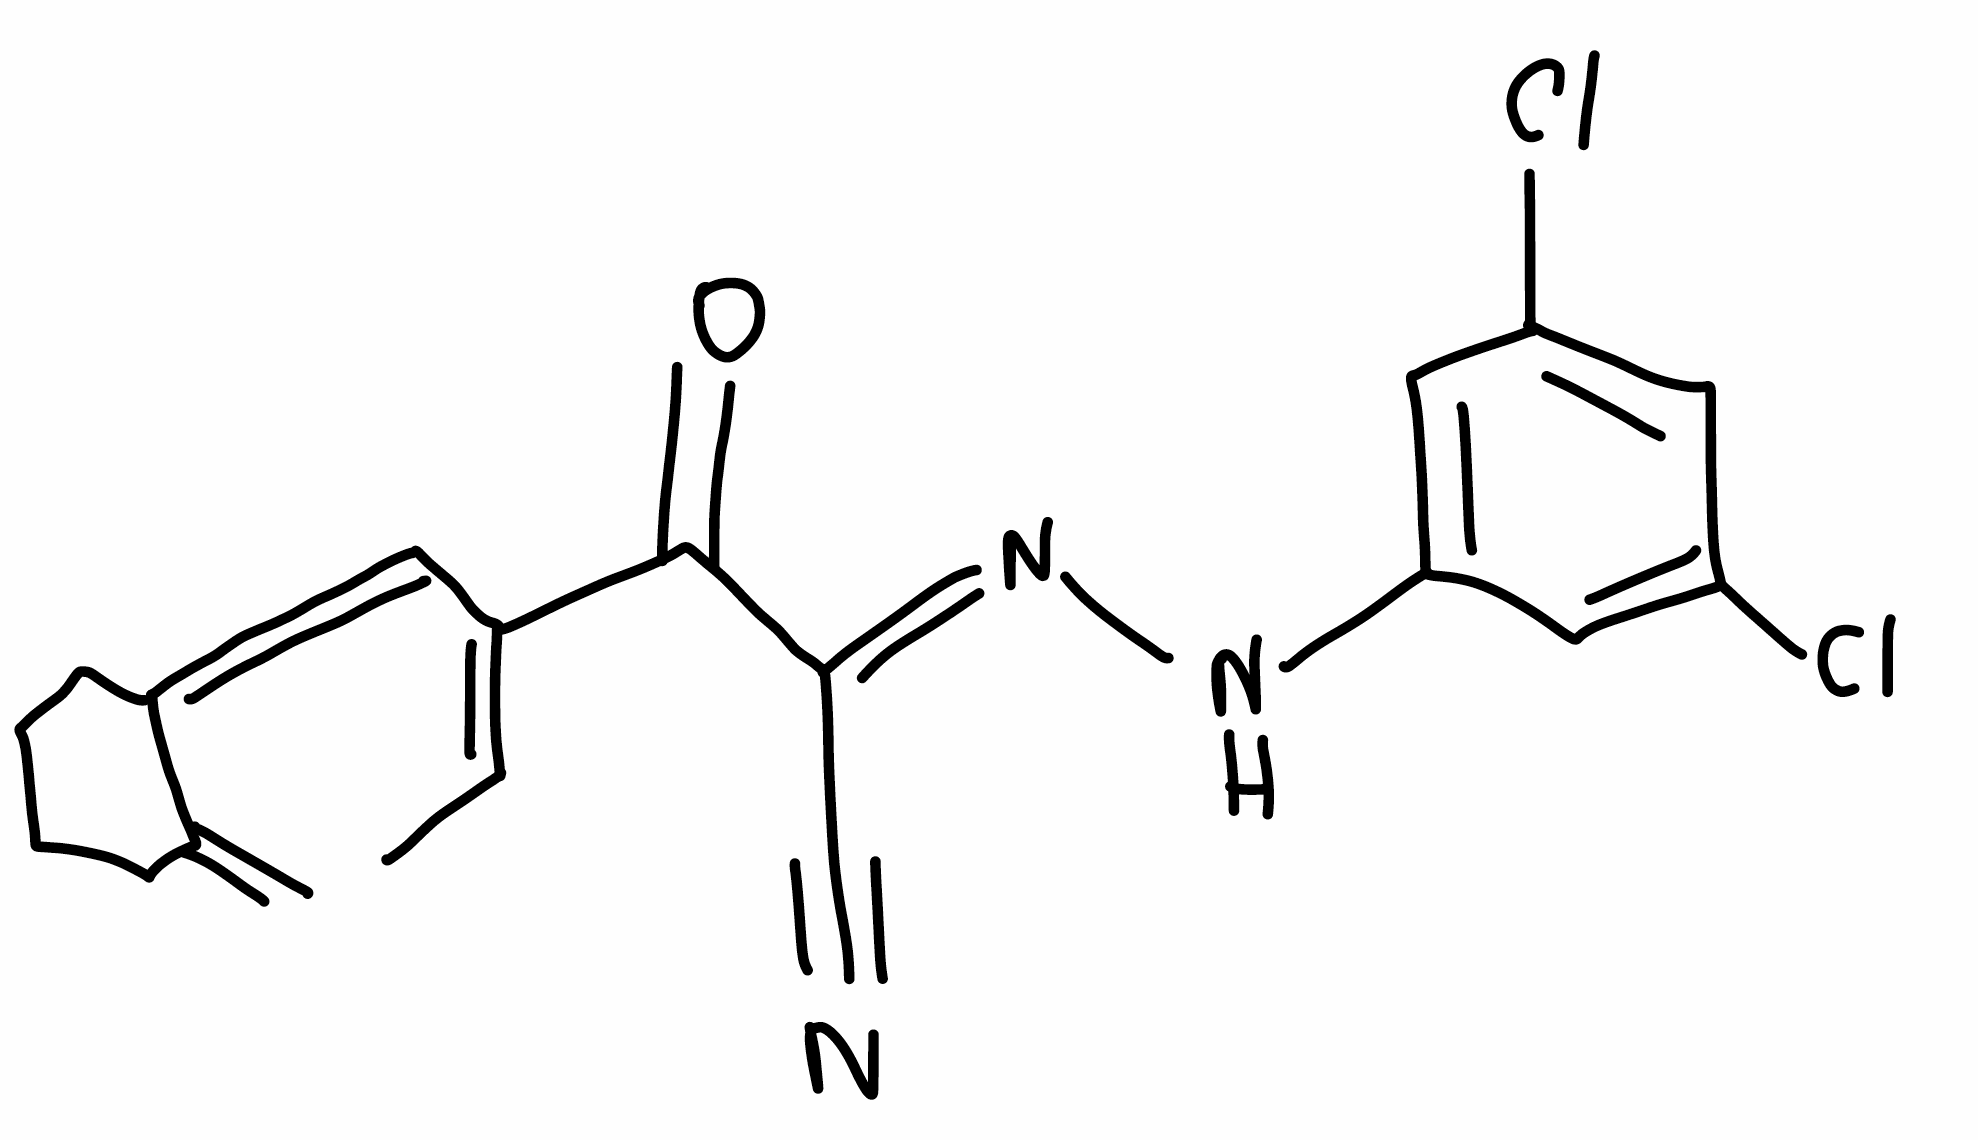
Simplified molecular-input line-entry system (SMILES) notation of the given molecule:
C/C=C(\C=C/1\CCCCC1=C)/C(=O)/C(=N/NC2=CC(=CC(=C2)Cl)Cl)/C#N